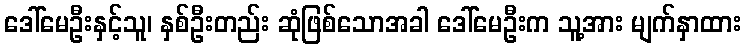
ဒေါ်မေဦးနှင့်သူ၊ နှစ်ဦးတည်း ဆုံဖြစ်သောအခါ ဒေါ်မေဦးက သူ့အား မျက်နှာထား